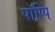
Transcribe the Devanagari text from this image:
पॉप्पिं